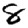
Digit: 8